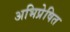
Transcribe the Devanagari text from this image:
अभिप्रेषित